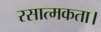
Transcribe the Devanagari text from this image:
रसात्मकता।